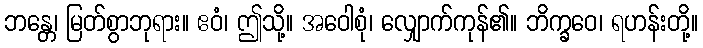
ဘန္တေ၊ မြတ်စွာဘုရား။ ဧဝံ၊ ဤသို့။ အဝေါစုံ၊ လျှောက်ကုန်၏။ ဘိက္ခဝေ၊ ရဟန်းတို့။